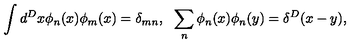
\int d ^ { D } x \phi _ { n } ( x ) \phi _ { m } ( x ) = \delta _ { m n } , \: \: \: \sum _ { n } \phi _ { n } ( x ) \phi _ { n } ( y ) = \delta ^ { D } ( x - y ) ,